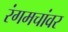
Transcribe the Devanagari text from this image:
रंगमचांवर